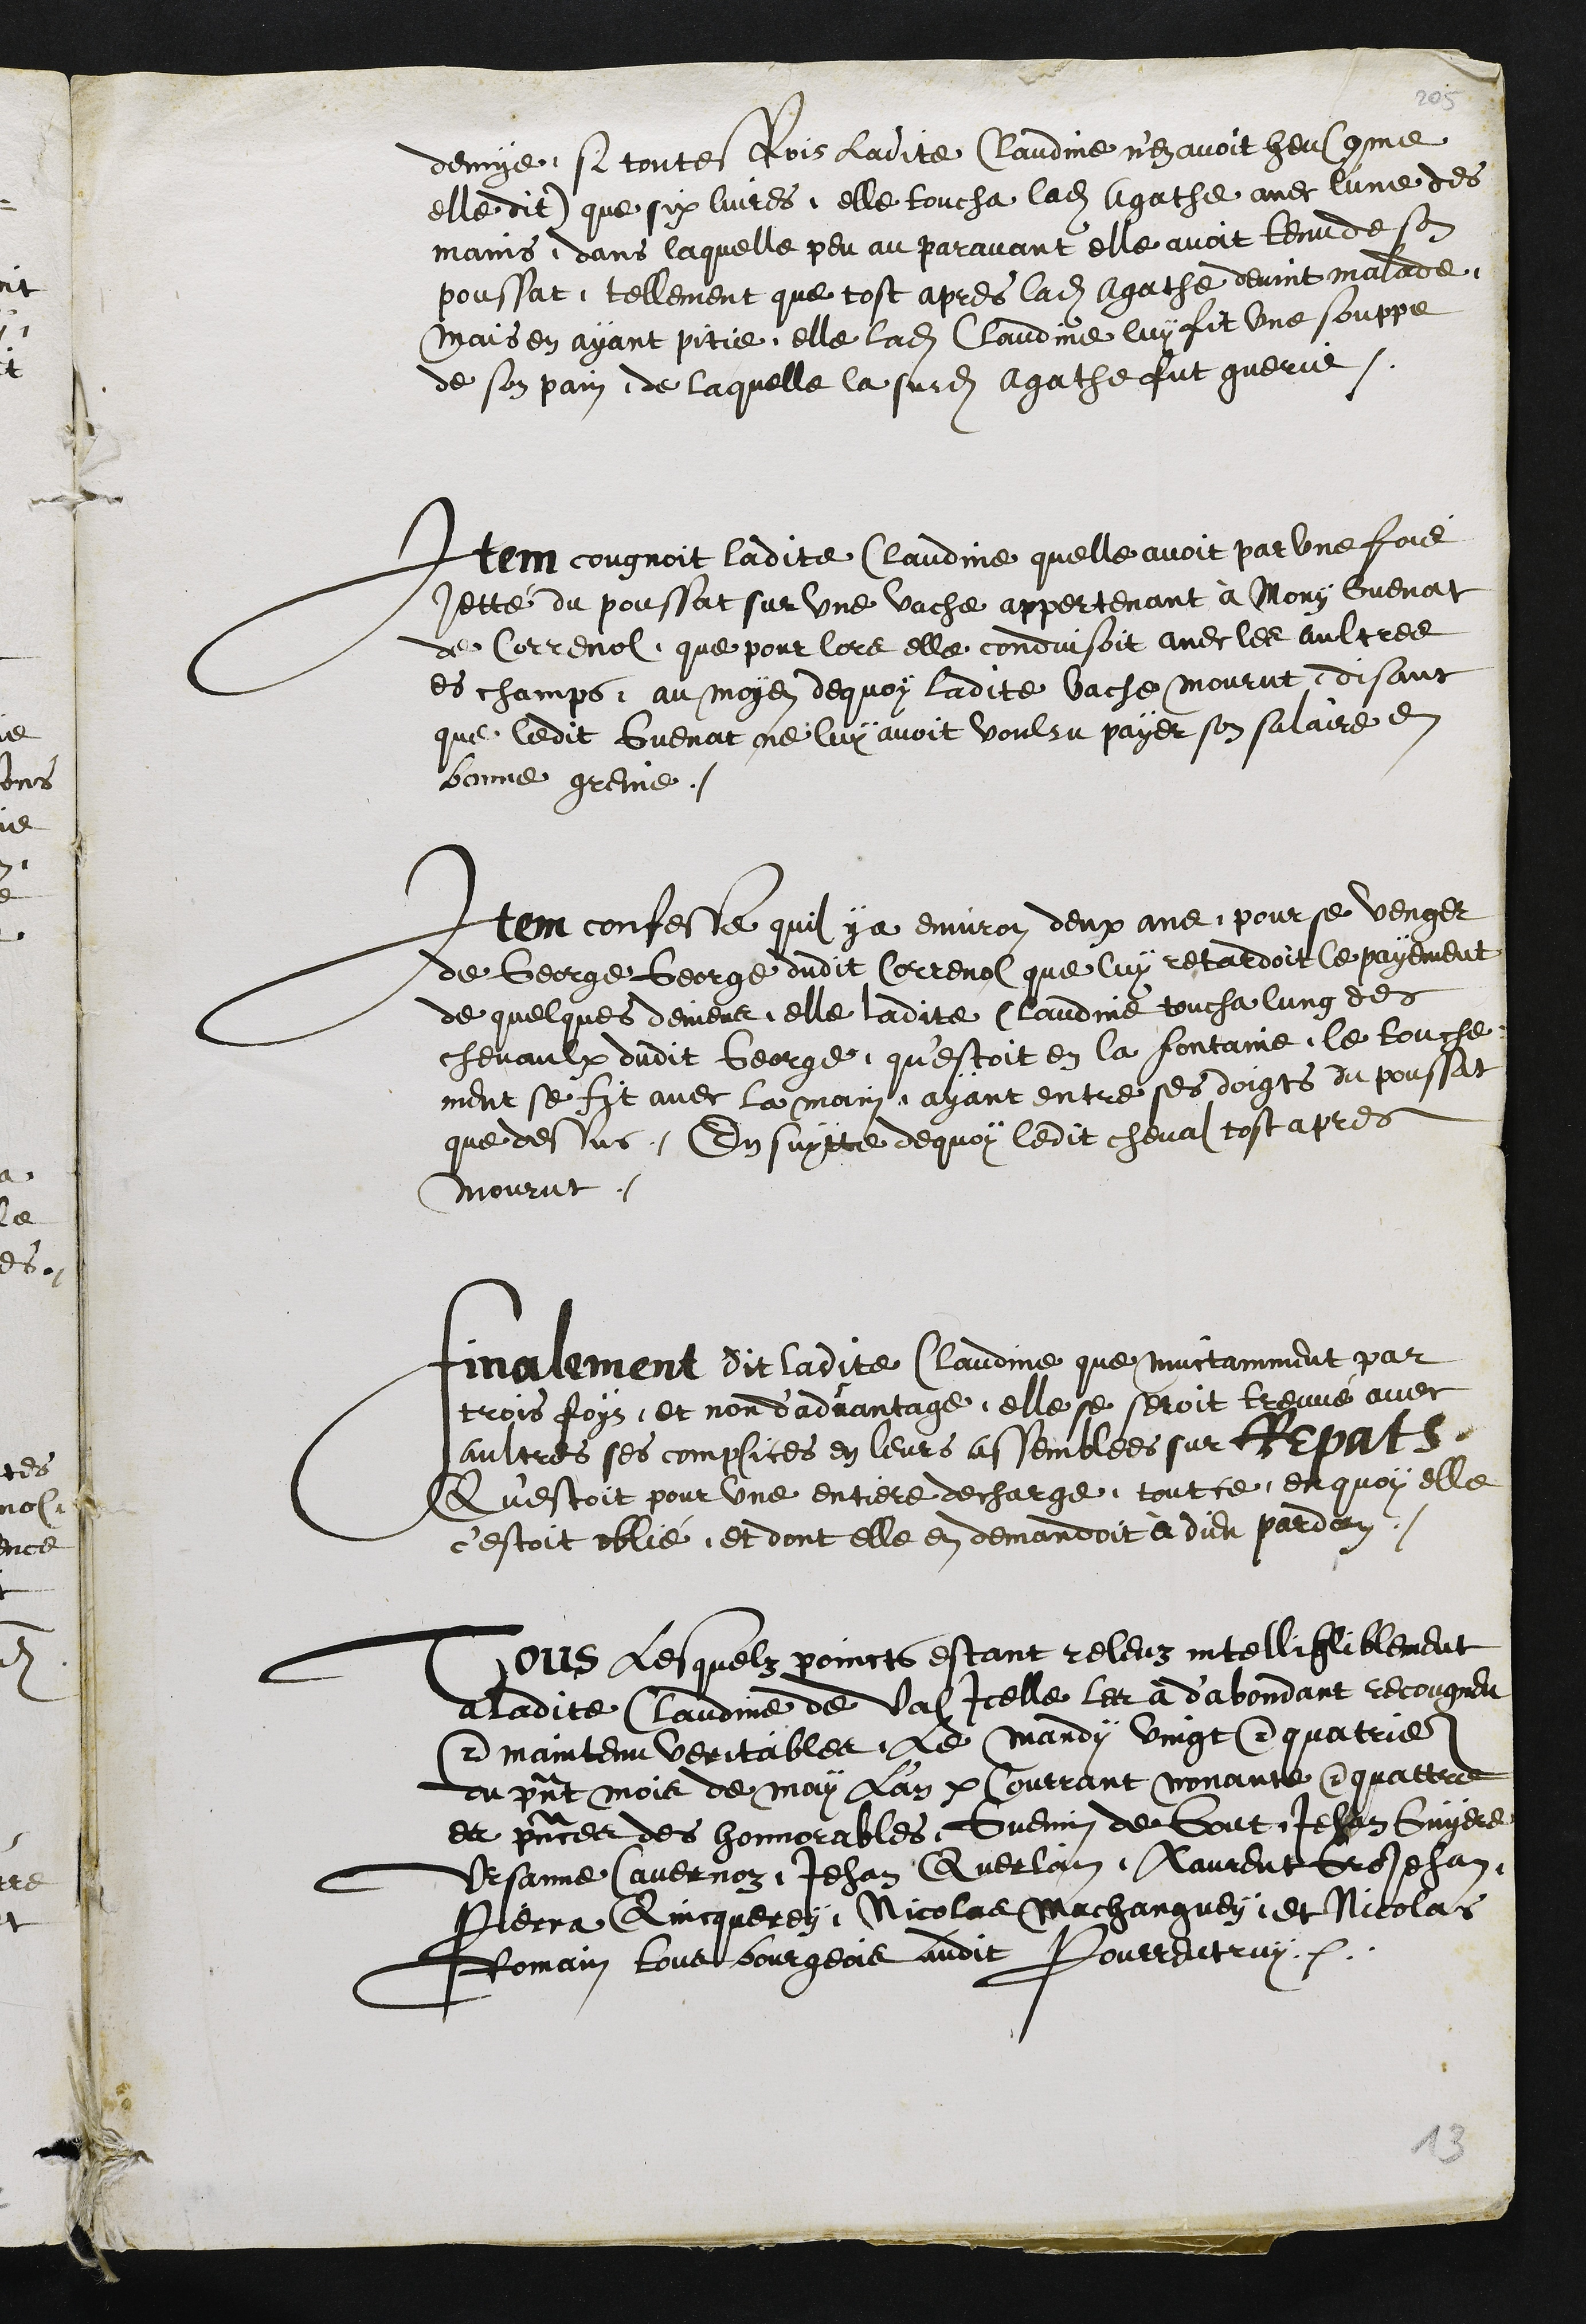
denge, si toutes fois ladite Claudme niez avoit heu comme
elle dit que six luyres elle toucha ladite agathe avec lune des
mains dans laquelle peu au paravant elle avoit tenudete
poussat, tellement que tost apres ladite gathe devint malade.
mais en ayant pitie, elle ladite Claudme luy fit une souppe,
de son pain de laquelle la surdite agathe fut guerie.
Item congnoit ladite Claudine quelle avoit par une fois
sette du poussat sur une vache appertenant a Mory Guenat
de Correnol que pour lore elle condvisoit avec les aultres
es champs, au moyen dequoy ladite vache mourut, disant
que ledit Guenat ne luy avoit voulsu payer son salaire et
bonne gremme.
Item confeste quil y a environ deux ans, pource verger
de George George dudit Correnol que luy retardoit le payement
de quelques dement elle ladite Claude toucha lung des
chevaulx dudit George, questoit en la fontaine, le touche
ment se fit avec la main, ayant entre ses doigs du poussat
que dessus, En suytte dequoy ledit cheval tost apres
mourut.
finalement dit ladite Claudie que mustamment par
trois foys, et non dadvantage, elle se seroit treuve avec
aultres ses compices en leurs assembles sur repat
Questoit pour une entiere decharge toutte en quoy elle
cestoit oblie, et dont elle en demandoit a dit pardon.
vous lesquelz poincts estant releuz intellibliblement
aladite Claudie de vos icelle lar a dabondant recongneu
amaintenu veritable, le mandi vingt quatrie
du present mois de may la parcourrant nonante quattre
et presence des honnerables Guenin de foit Jehan Cugere
Ursanne avernez Jehan Quellain, Pourent Jehan,
Pierra Ainqueres, Nicolas Machanguey, et Nicolas
temain tout bourgere audit Pourrentruy.